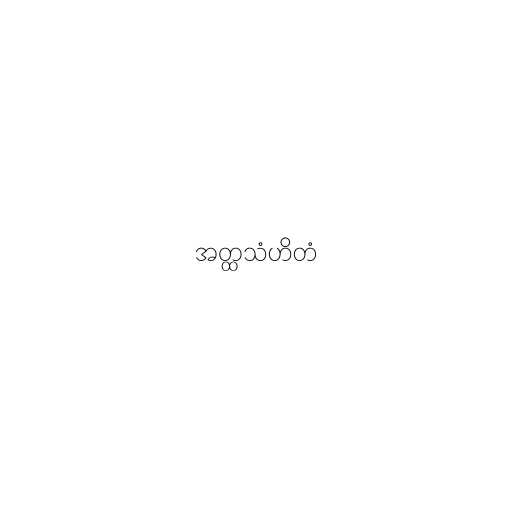
အတ္ထသံဟိတံ